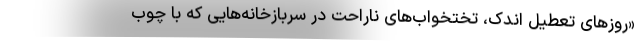
«روزهای تعطیل اندک، تختخواب‌های ناراحت در سربازخانه‌هایی که با چوب